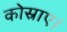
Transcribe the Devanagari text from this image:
कोस्राए।